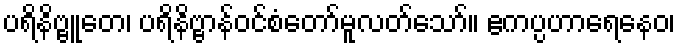
ပရိနိဗ္ဗူတေ၊ ပရိနိဗ္ဗာန်ဝင်စံတော်မူလတ်သော်။ ဧကပ္ပဟာရေနေဝ၊